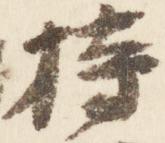
持